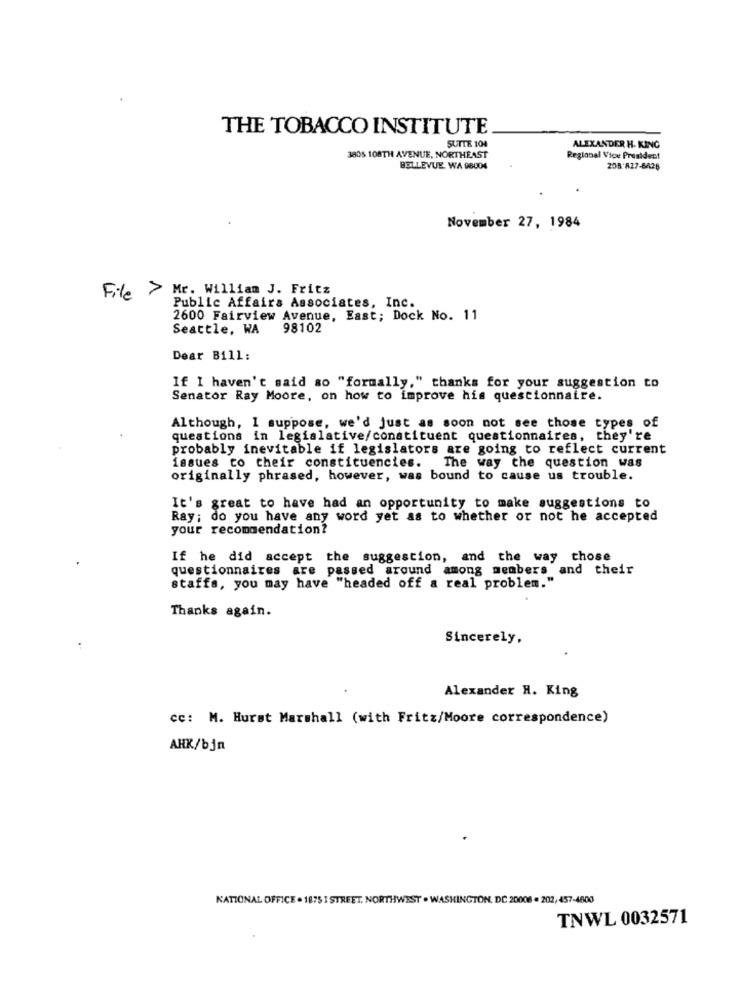
THE TOBACCO INSTITUTE
SUITE 104
ALEXANDER H. KING
3805 108TH AVENUE, NORTHEAST
Regional Vice President
BELLEVUE, WA 98004
208.827-6428
November 27, 1984
File > Mr. William J. Fritz
Public Affairs Associates, Inc.
2600 Fairview Avenue, East; Dock No. 11
Seattle, WA 98102
Dear Bill:
If I haven't said so "formally," thanks for your suggestion to
Senator Ray Moore, on how to improve his questionnaire.
Although, I suppose, we'd just as soon not see those types of
questions in legislative/constituent questionnaires, they're
probably inevitable if legislators are going to reflect current
issues to their constituencies.
The way the question was
originally phrased, however, was bound to cause us trouble.
It's great to have had an opportunity to make suggestions to
Ray; do you have any word yet as to whether or not he accepted
your recommendation?
If he did accept the suggestion, and the way chose
questionnaires are passed around among members and their
staffa, you may have "headed off a real problem."
Thanks again.
Sincerely,
Alexander H. King
cc: M. Hurst Marshall (with Fritz/Moore correspondence)
AHK/bjn
NATIONAL OFFICE . 1875 1 STREET, NORTHWEST . WASHINGTON, DC 20006 . 202, 457-4600
TNWL 0032571